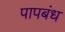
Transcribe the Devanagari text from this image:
पापबंध